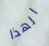
الهذا